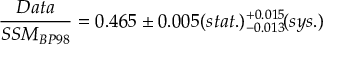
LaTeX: { \frac { D a t a } { S S M _ { B P 9 8 } } } = 0 . 4 6 5 \pm 0 . 0 0 5 ( s t a t . ) { } _ { - 0 . 0 1 3 } ^ { + 0 . 0 1 5 } \! ( s y s . )